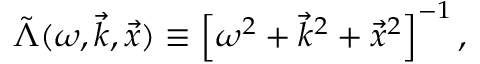
\tilde { \Lambda } ( \omega , \vec { k } , \vec { x } ) \equiv \left[ \omega ^ { 2 } + \vec { k } ^ { 2 } + \vec { x } ^ { 2 } \right] ^ { - 1 } ,